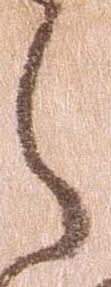
ら